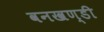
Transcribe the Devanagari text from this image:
वनखण्डी